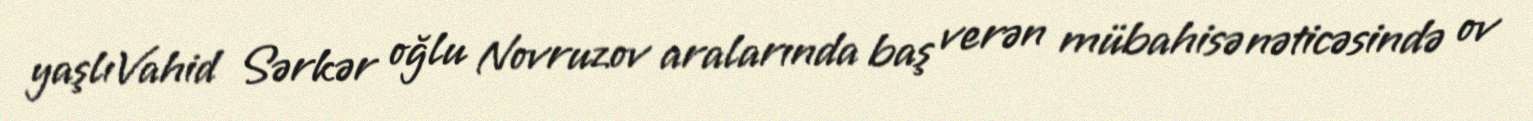
yaşlıVahid Sərkər oğlu Novruzov aralarında baş verən mübahisə nəticəsində ov